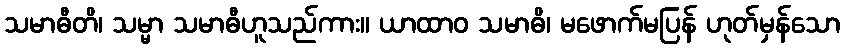
သမာဓီတိ၊ သမ္မာ သမာဓီဟူသည်ကား။ ယာထာဝ သမာဓိ၊ မဖောက်မပြန် ဟုတ်မှန်သော